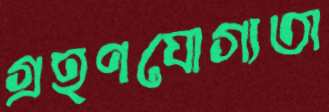
গ্রহণযোগ্যতা